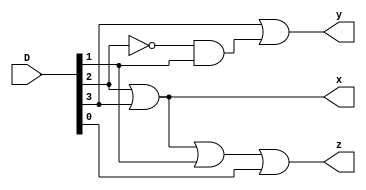
`timescale 1ns / 1ps
//////////////////////////////////////////////////////////////////////////////////
// Company: 
// Engineer: 
// 
// Design Name: 
// Module Name: fourToTwoPriorityEncoder
// Project Name: 
// Target Devices: 
// Tool Versions: 
// Description: 
// 
// Dependencies: 
// 
// Revision:
// Revision 0.01 - File Created
// Additional Comments:
// 
//////////////////////////////////////////////////////////////////////////////////


module fourToTwoPriorityEncoder(
    input wire [3:0] D,
    output wire x,y,z
    );
    
    assign x = D[2] | D[3];
    assign y = D[3] | (~D[2] & D[1]);
    assign z = D[3] | D[2] | D[1] | D[0];
     
    
endmodule